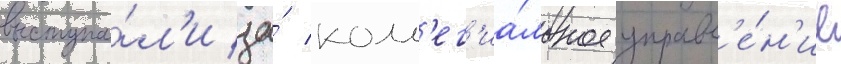
выступа́л'и за́ колл'ег'иа́льное управл'е́н'ие